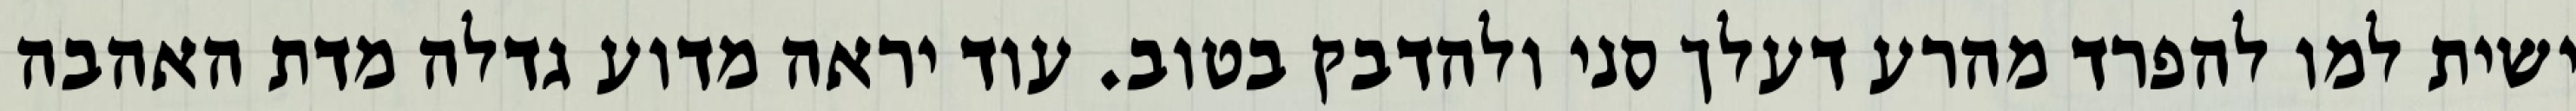
ישית למו להפרד מהרע דעלך סני ולהדבק בטוב. עוד יראה מדוע גדלה מדת האהבה